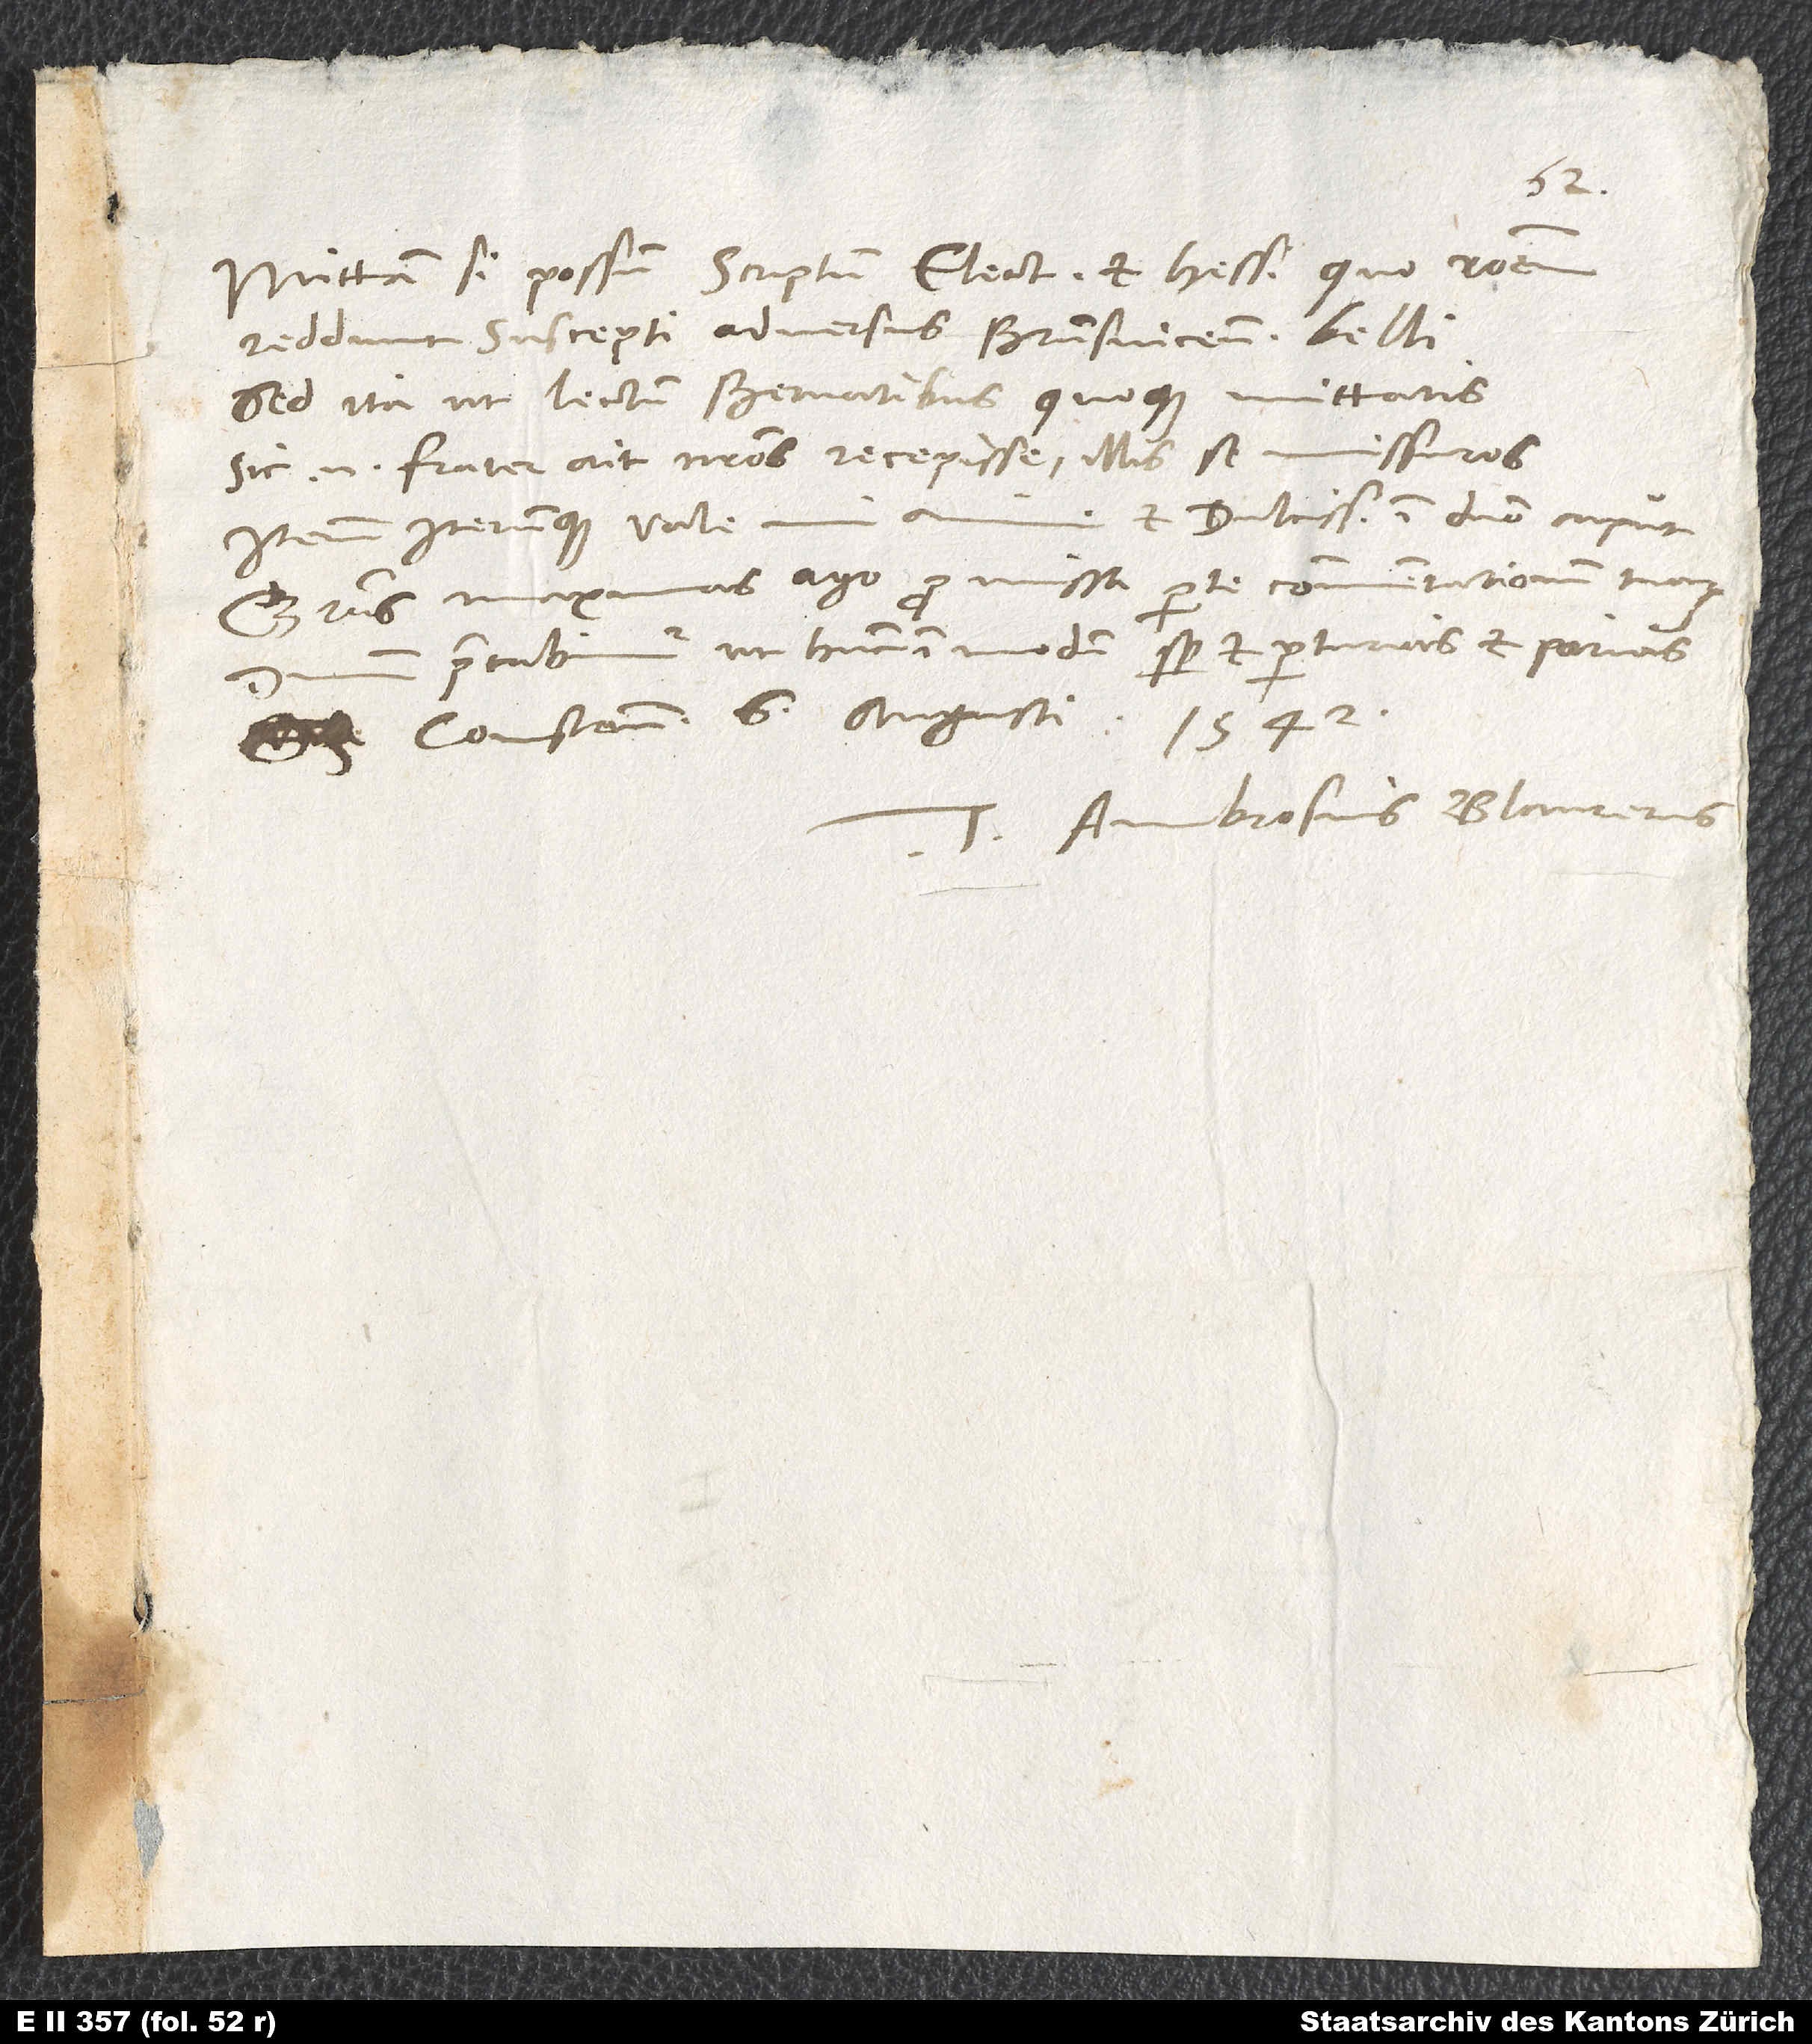
Mittam, si possum, scriptum electoris et Hess, quo rationem
reddunt suscepti adversus Brunsvicensem belli,
sed ita, ut lectum Bernatibus quoque mittatis;
sic enim frater ait nostros recepisse illis se missuros.
et dulcissime in domino caput.
Iterum iterumque vale,
Gratias maximas ago pro missa parte commentationum tuarum.
precabimur, ut hunc in modum semper et parturias et parias.
Constantiae, 6. augusti
Tuus Ambrosius Blaurerus.